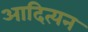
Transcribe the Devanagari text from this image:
आदित्यन